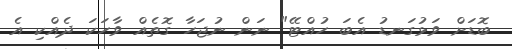
ބޮޑަށް ވަޅުގަނޑު އެބަ ހުއްޓޭ" ނަން ނުޖަހާ ގޮތެއް ވާހަކަ ދެއްކި އެ